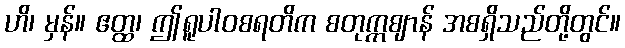
ဟိ၊ မှန်။ ဧတ္ထ၊ ဤရူပါဝစရတိက စတုက္ကဈာန် အစရှိသည်တို့တွင်။